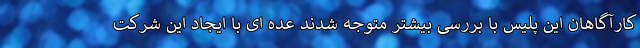
کارآگاهان این پلیس با بررسی بیشتر متوجه شدند عده ای با ایجاد این شرکت